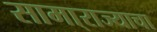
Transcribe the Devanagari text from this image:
सामा्राज्याचा